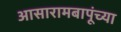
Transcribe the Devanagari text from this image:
आसारामबापूंच्या